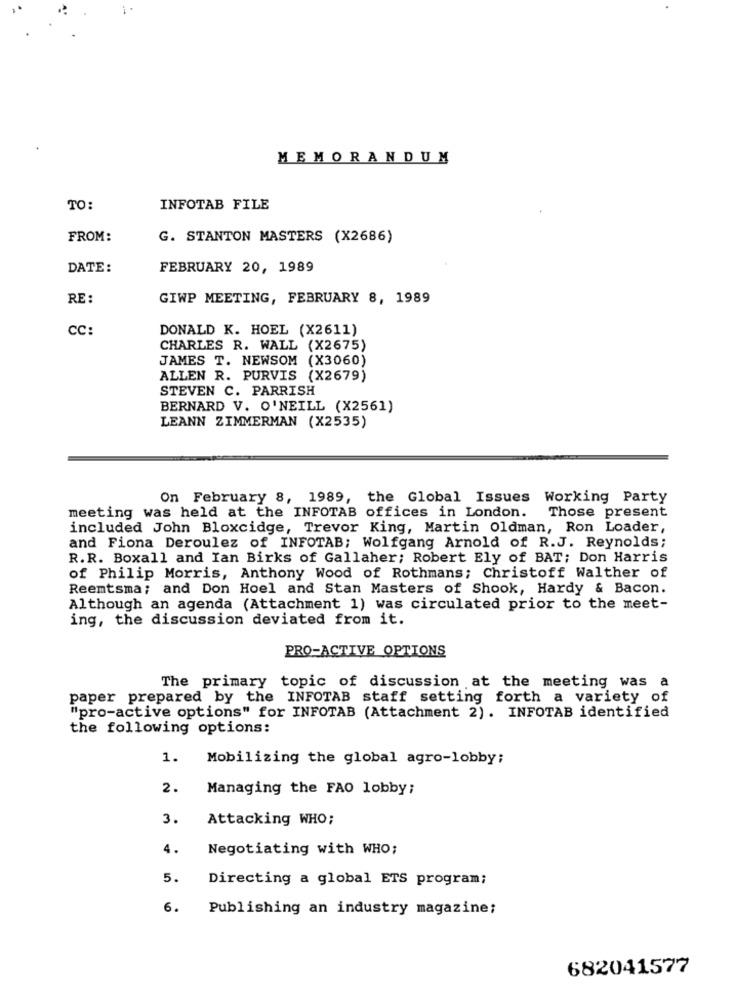
MEMORANDUM
TO:
INFOTAB FILE
FROM:
G. STANTON MASTERS (X2686)
DATE:
FEBRUARY 20, 1989
RE :
GIWP MEETING, FEBRUARY 8, 1989
CC:
DONALD K. HOEL (X2611)
CHARLES R. WALL (X2675)
JAMES T. NEWSOM (X3060)
ALLEN R. PURVIS (X2679)
STEVEN C. PARRISH
BERNARD V. O'NEILL (X2561)
LEANN ZIMMERMAN (X2535)
On February 8, 1989, the Global Issues Working Party
meeting was held at the INFOTAB offices in London. Those present
included John Bloxcidge, Trevor King, Martin Oldman, Ron Loader,
and Fiona Deroulez of INFOTAB; Wolfgang Arnold of R.J. Reynolds;
R.R. Boxall and Ian Birks of Gallaher; Robert Ely of BAT; Don Harris
of Philip Morris, Anthony Wood of Rothmans; Christoff Walther of
Reemtsma; and Don Hoel and Stan Masters of Shook, Hardy & Bacon.
Although an agenda (Attachment 1) was circulated prior to the meet-
ing, the discussion deviated from it.
PRO-ACTIVE_OPTIONS
The primary topic of discussion at the meeting was a
paper prepared by the INFOTAB staff setting forth a variety of
"pro-active options" for INFOTAB (Attachment 2). INFOTAB identified
the following options:
1.
Mobilizing the global agro-lobby;
2.
Managing the FAO lobby;
3.
Attacking WHO;
4.
Negotiating with WHO;
5.
Directing a global ETS program;
6.
Publishing an industry magazine;
682041577